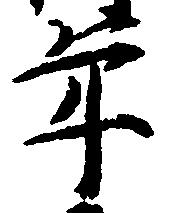
年